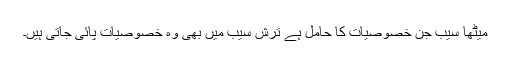
میٹھا سیب جن خصوصیات کا حامل ہے ترش سیب میں بھی وہ خصوصیات پائی جاتی ہیں۔